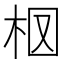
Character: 𣐏